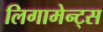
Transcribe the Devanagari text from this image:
लिगामेन्ट्स